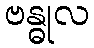
ဗန္ဓုလ